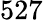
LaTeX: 527